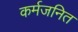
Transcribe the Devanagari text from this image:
कर्मजनित